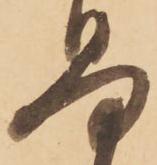
易